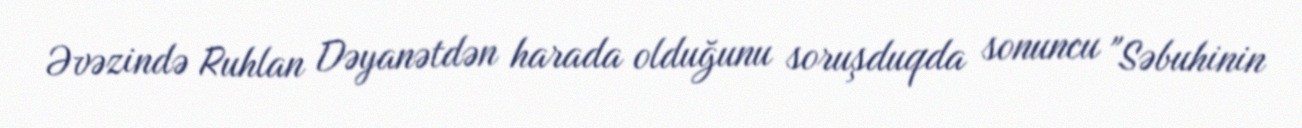
Əvəzində Ruhlan Dəyanətdən harada olduğunu soruşduqda sonuncu "Səbuhinin